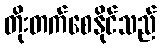
တိုးတက်စေနိုင်သည်